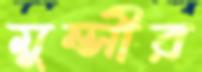
মুন্সীর